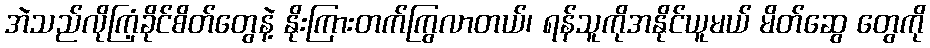
အဲသည်လိုကြံ့ခိုင်စိတ်တွေနဲ့ နိုးကြားတက်ကြွလာတယ်၊ ရန်သူကိုအနိုင်ယူမယ် မိတ်ဆွေ တွေကို